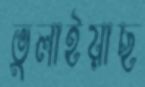
ভুলাইয়াছ